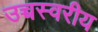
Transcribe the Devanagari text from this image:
उच्चस्वरीय